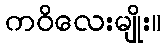
ကဝိလေးမျိုး။